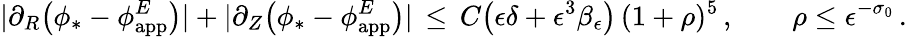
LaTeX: |\partial_{R}\bigl(\phi_{*}-\phi_{\mathrm{app}}^{E}\bigr)|+|\partial_{Z}\bigl(\phi_{*}-\phi_{\mathrm{app}}^{E}\bigr)|\, \le\, C\bigl(\epsilon\delta+\epsilon^{3}\beta_{\epsilon}\bigr)\, (1+\rho)^{5}\, ,\qquad\rho\le\epsilon^{-\sigma_{0}}\, .